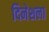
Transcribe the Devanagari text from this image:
दिनेशला